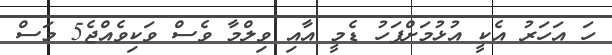
ހަ އަހަރު އެކީ އުޅުމަށްފަހު ޑެމީ އާއި ވިލްމާ ވެސް ވަކިވެއްޖެ5 މަސް